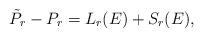
LaTeX: \begin{align*}\tilde P_r-P_r =L_r(E)+ S_r(E),\end{align*}